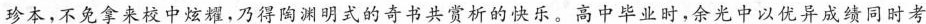
珍本，不免拿来校中炫耀，乃得陶渊明式的奇书共赏析的快乐。高中毕业时，余光中以优异成绩同时考